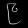
Digit: ၉